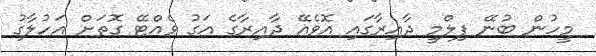
މީހުން ބުނޭ ފިލްމީ ދާއިރާގައި އޮވެއޭ ދާއިރާގެ އަގު ވެއްޓޭ ގޮތަށް އަހުލާގު